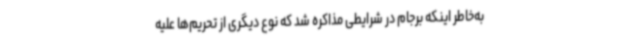
به‌خاطر اینکه برجام در شرایطی مذاکره شد که نوع دیگری از تحریم‌ها علیه